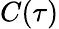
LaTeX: C(\tau)